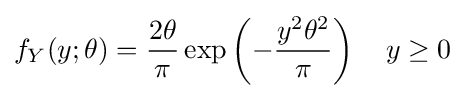
f_{Y}(y;\theta )={\frac {2\theta }{\pi }}\exp \left(-{\frac {y^{2}\theta ^{2}}{\pi }}\right)\quad y\geq 0